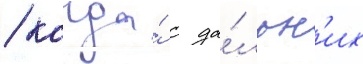
/ когда́ с да́льн'их